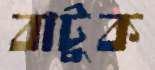
বাটুক